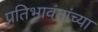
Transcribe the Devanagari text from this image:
प्रतिभावंतांच्या